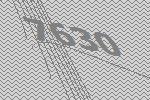
7630